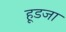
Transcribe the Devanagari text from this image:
हूडजा